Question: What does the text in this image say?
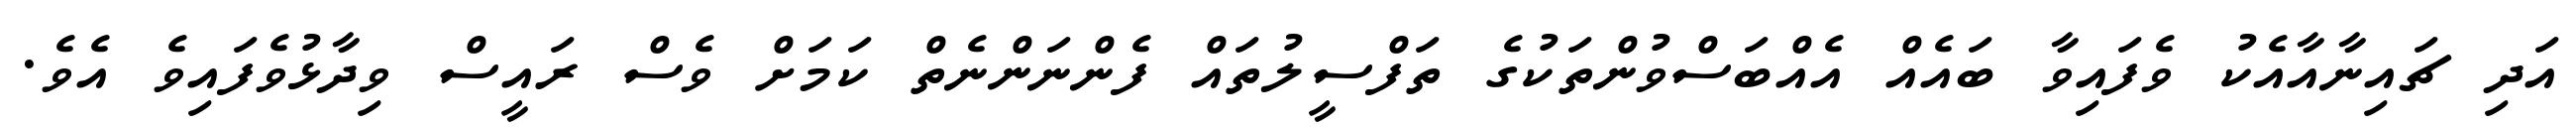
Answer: އަދި ޗައިނާއާއެކު ވެފައިވާ ބައެއް އެއްބަސްވުންތަކުގެ ތަފްސީލުތައް ފެންނަންނެތް ކަމަށް ވެސް ރައީސް ވިދާޅުވެފައިވެ އެވެ.